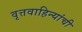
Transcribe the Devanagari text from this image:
वृत्तवाहिन्यांची